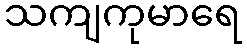
သကျကုမာရေ